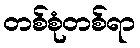
တစ်စုံတစ်ရာ